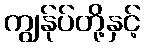
ကျွန်ုပ်တို့နှင့်